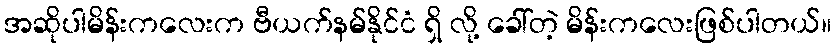
အဆိုပါမိန်းကလေးက ဗီယက်နမ်နိုင်ငံ ရှိ လို့ ခေါ်တဲ့ မိန်းကလေးဖြစ်ပါတယ်။